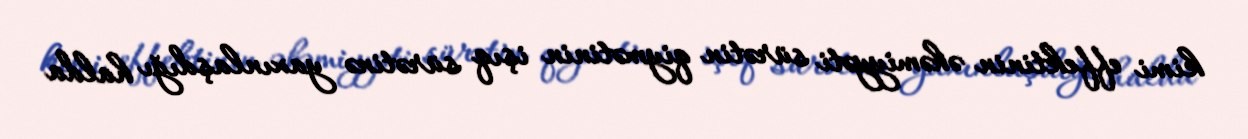
kimi effektinin əhəmiyyəti sürətin qiymətinin işıq sürətinə yaxınlaşdığı halda